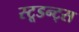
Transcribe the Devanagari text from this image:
स्टूडन्ट्स